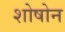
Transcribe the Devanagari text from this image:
शोषोन